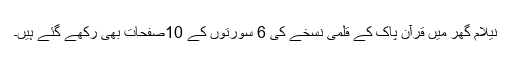
نیلام گھر میں قرآن پاک کے قلمی نسخے کی 6 سورتوں کے 10صفحات بھی رکھے گئے ہیں۔